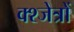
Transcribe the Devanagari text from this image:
क्श्जेत्रों